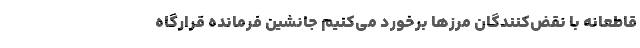
قاطعانه با نقض‌کنندگان مرزها برخورد می‌کنیم جانشین فرمانده قرارگاه